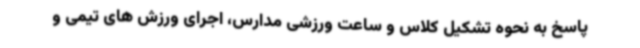
پاسخ به نحوه تشکیل کلاس و ساعت ورزشی مدارس، اجرای ورزش های تیمی و